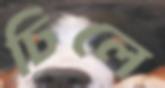
ঢিলে